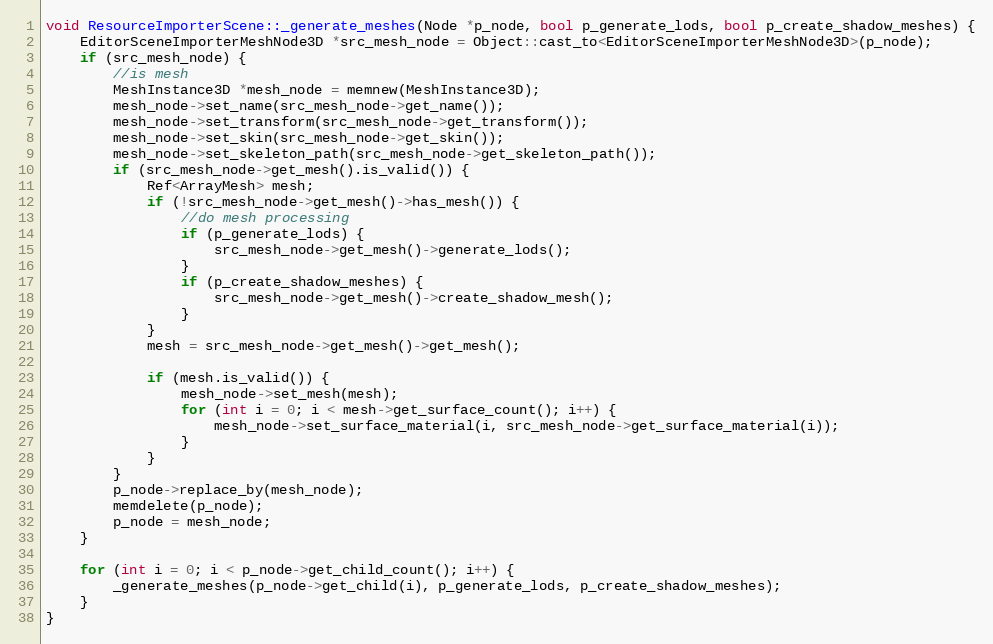
Language: C++
void ResourceImporterScene::_generate_meshes(Node *p_node, bool p_generate_lods, bool p_create_shadow_meshes) {
	EditorSceneImporterMeshNode3D *src_mesh_node = Object::cast_to<EditorSceneImporterMeshNode3D>(p_node);
	if (src_mesh_node) {
		//is mesh
		MeshInstance3D *mesh_node = memnew(MeshInstance3D);
		mesh_node->set_name(src_mesh_node->get_name());
		mesh_node->set_transform(src_mesh_node->get_transform());
		mesh_node->set_skin(src_mesh_node->get_skin());
		mesh_node->set_skeleton_path(src_mesh_node->get_skeleton_path());
		if (src_mesh_node->get_mesh().is_valid()) {
			Ref<ArrayMesh> mesh;
			if (!src_mesh_node->get_mesh()->has_mesh()) {
				//do mesh processing
				if (p_generate_lods) {
					src_mesh_node->get_mesh()->generate_lods();
				}
				if (p_create_shadow_meshes) {
					src_mesh_node->get_mesh()->create_shadow_mesh();
				}
			}
			mesh = src_mesh_node->get_mesh()->get_mesh();

			if (mesh.is_valid()) {
				mesh_node->set_mesh(mesh);
				for (int i = 0; i < mesh->get_surface_count(); i++) {
					mesh_node->set_surface_material(i, src_mesh_node->get_surface_material(i));
				}
			}
		}
		p_node->replace_by(mesh_node);
		memdelete(p_node);
		p_node = mesh_node;
	}

	for (int i = 0; i < p_node->get_child_count(); i++) {
		_generate_meshes(p_node->get_child(i), p_generate_lods, p_create_shadow_meshes);
	}
}